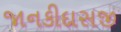
જાનકીદાસજી